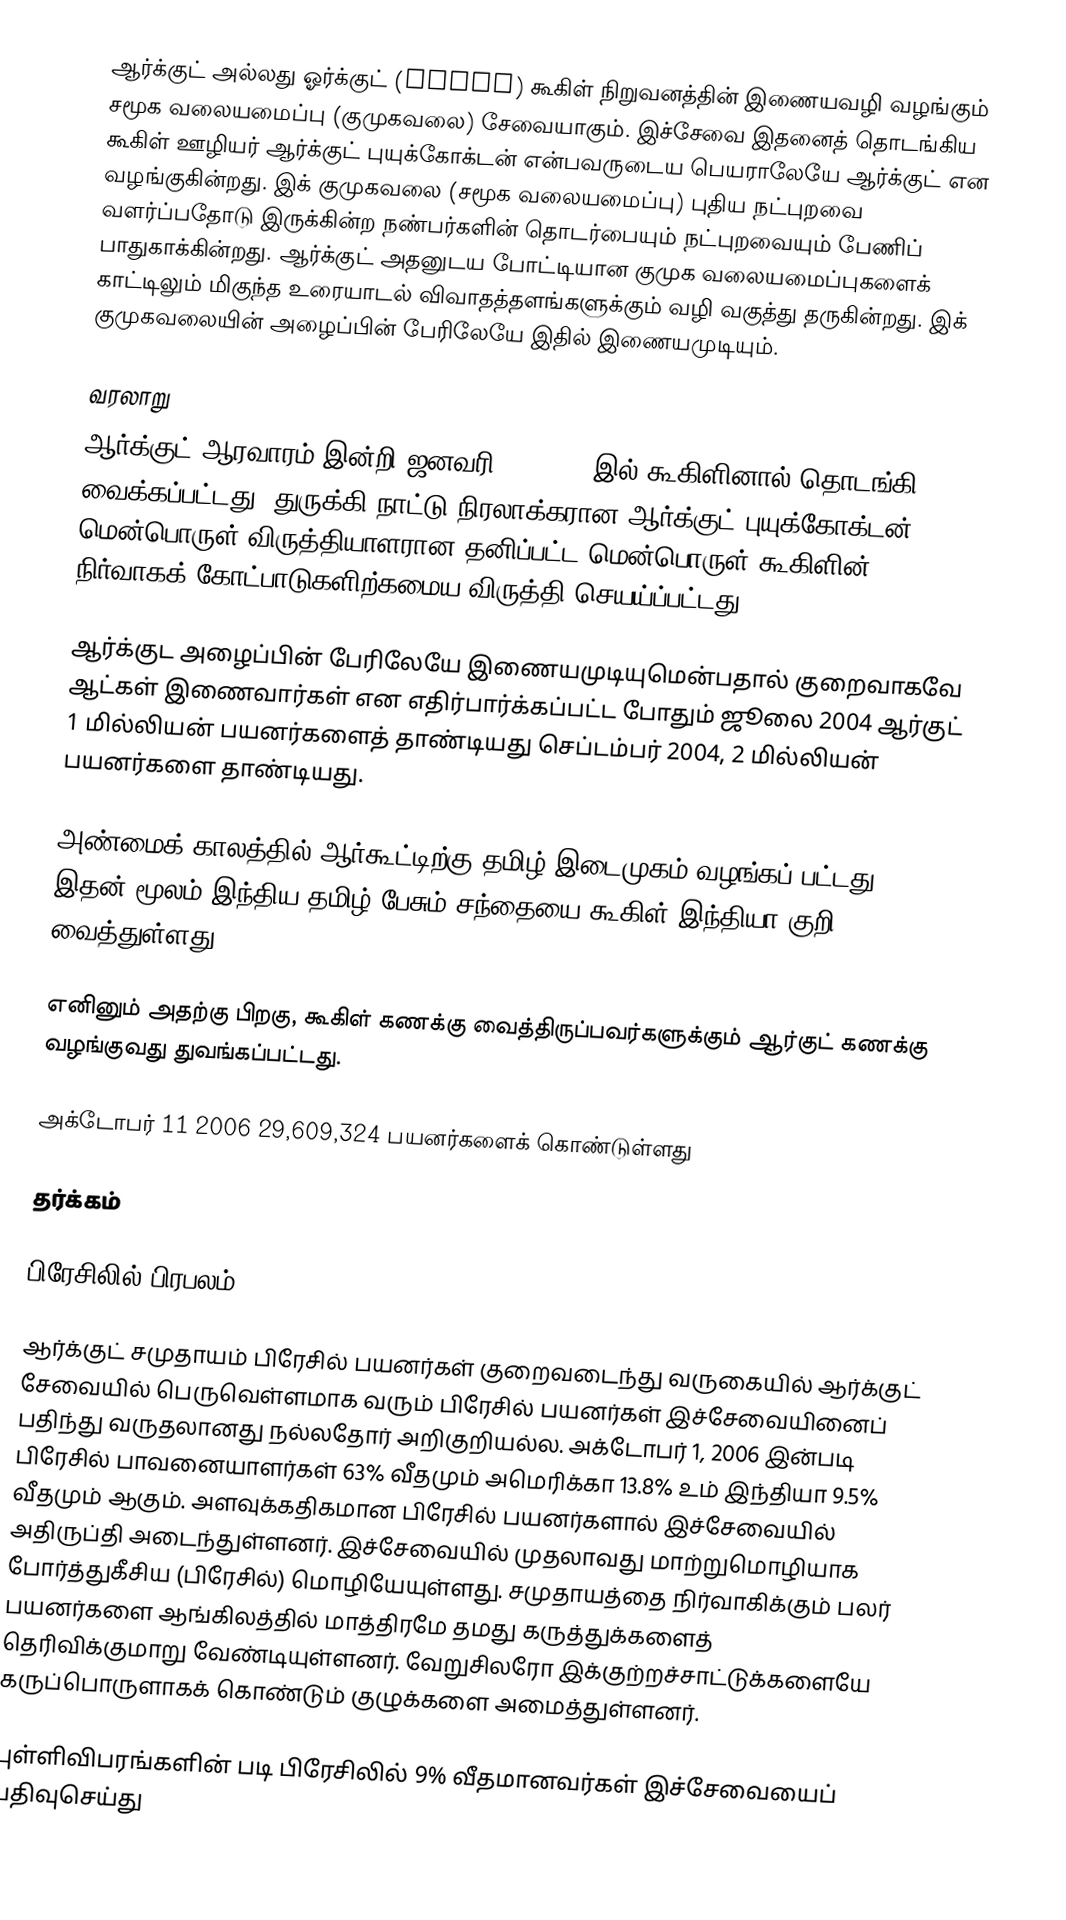
ஆர்க்குட் அல்லது ஓர்க்குட் (Orkut) கூகிள் நிறுவனத்தின் இணையவழி வழங்கும் சமூக வலையமைப்பு (குமுகவலை) சேவையாகும். இச்சேவை இதனைத் தொடங்கிய கூகிள் ஊழியர் ஆர்க்குட் புயுக்கோக்டன் என்பவருடைய பெயராலேயே ஆர்க்குட்  என வழங்குகின்றது.  இக் குமுகவலை (சமூக வலையமைப்பு) புதிய நட்புறவை வளர்ப்பதோடு இருக்கின்ற நண்பர்களின் தொடர்பையும் நட்புறவையும் பேணிப் பாதுகாக்கின்றது. ஆர்க்குட் அதனுடய போட்டியான குமுக வலையமைப்புகளைக் காட்டிலும் மிகுந்த உரையாடல் விவாதத்தளங்களுக்கும் வழி வகுத்து தருகின்றது. இக் குமுகவலையின் அழைப்பின் பேரிலேயே இதில் இணையமுடியும்.

வரலாறு
ஆர்க்குட் ஆரவாரம் இன்றி  ஜனவரி 22, 2004 இல் கூகிளினால் தொடங்கி வைக்கப்பட்டது. துருக்கி நாட்டு நிரலாக்கரான ஆர்க்குட் புயுக்கோக்டன் மென்பொருள் விருத்தியாளரான தனிப்பட்ட மென்பொருள் கூகிளின் நிர்வாகக் கோட்பாடுகளிற்கமைய விருத்தி செயய்ப்பட்டது.

ஆர்க்குட அழைப்பின் பேரிலேயே இணையமுடியுமென்பதால் குறைவாகவே ஆட்கள் இணைவார்கள் என எதிர்பார்க்கப்பட்ட போதும் ஜூலை 2004 ஆர்குட் 1 மில்லியன் பயனர்களைத் தாண்டியது செப்டம்பர் 2004,  2 மில்லியன் பயனர்களை தாண்டியது.

அண்மைக் காலத்தில் ஆர்கூட்டிற்கு தமிழ் இடைமுகம் வழங்கப் பட்டது. இதன் மூலம் இந்திய தமிழ் பேசும் சந்தையை கூகிள் இந்தியா குறி வைத்துள்ளது.

எனினும் அதற்கு பிறகு, கூகிள் கணக்கு வைத்திருப்பவர்களுக்கும் ஆர்குட் கணக்கு வழங்குவது துவங்கப்பட்டது.

அக்டோபர் 11 2006 29,609,324  பயனர்களைக் கொண்டுள்ளது

தர்க்கம்

பிரேசிலில் பிரபலம்

ஆர்க்குட் சமுதாயம் பிரேசில் பயனர்கள் குறைவடைந்து வருகையில் ஆர்க்குட் சேவையில்  பெருவெள்ளமாக வரும் பிரேசில் பயனர்கள் இச்சேவையினைப் பதிந்து வருதலானது நல்லதோர் அறிகுறியல்ல. அக்டோபர் 1, 2006 இன்படி பிரேசில் பாவனையாளர்கள் 63% வீதமும் அமெரிக்கா 13.8% உம் இந்தியா 9.5% வீதமும் ஆகும். அளவுக்கதிகமான பிரேசில் பயனர்களால் இச்சேவையில் அதிருப்தி அடைந்துள்ளனர். இச்சேவையில் முதலாவது மாற்றுமொழியாக போர்த்துகீசிய (பிரேசில்) மொழியேயுள்ளது. சமுதாயத்தை நிர்வாகிக்கும் பலர் பயனர்களை ஆங்கிலத்தில் மாத்திரமே தமது கருத்துக்களைத் தெரிவிக்குமாறு வேண்டியுள்ளனர். வேறுசிலரோ இக்குற்றச்சாட்டுக்களையே கருப்பொருளாகக் கொண்டும் குழுக்களை அமைத்துள்ளனர்.

புள்ளிவிபரங்களின் படி பிரேசிலில் 9% வீதமானவர்கள் இச்சேவையைப் பதிவுசெய்து